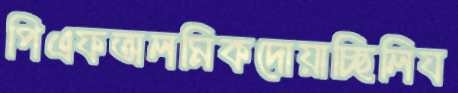
পিএফঅলমিকদোয়াচ্ছিলিয